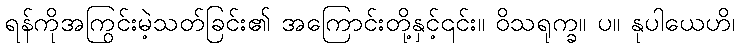
ရန်ကိုအကြွင်းမဲ့သတ်ခြင်း၏ အကြောင်းတို့နှင့်၎င်း။ ဝိသရုက္ခ။ ပ။ နုပါယေဟိ၊